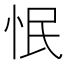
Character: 怋